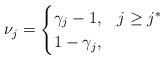
LaTeX: \begin{align*}\nu_j = \begin{cases} \gamma_j - 1, & j \geq j^*\\ 1 - \gamma_j, & \end{cases}\end{align*}